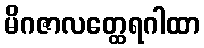
မိဂဇာလတ္ထေရဂါထာ